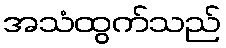
အသံထွက်သည်